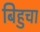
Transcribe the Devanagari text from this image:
बिहुचा